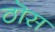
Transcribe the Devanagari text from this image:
ठॊस